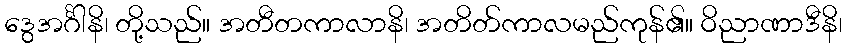
ဒွေအင်္ဂါနိ၊ တို့သည်။ အတီတကာလာနိ၊ အတိတ်ကာလမည်ကုန်၏။ ဝိညာဏာဒီနိ၊